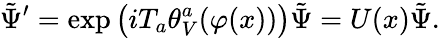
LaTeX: \tilde{\Psi}^{\prime}=\exp\big(iT_{a}\theta_{V}^{a}(\varphi(x))\big)\tilde{\Psi}=U(x)\tilde{\Psi}.